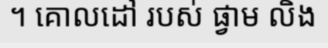
។ គោលដៅ របស់ ផ្វាម លិង